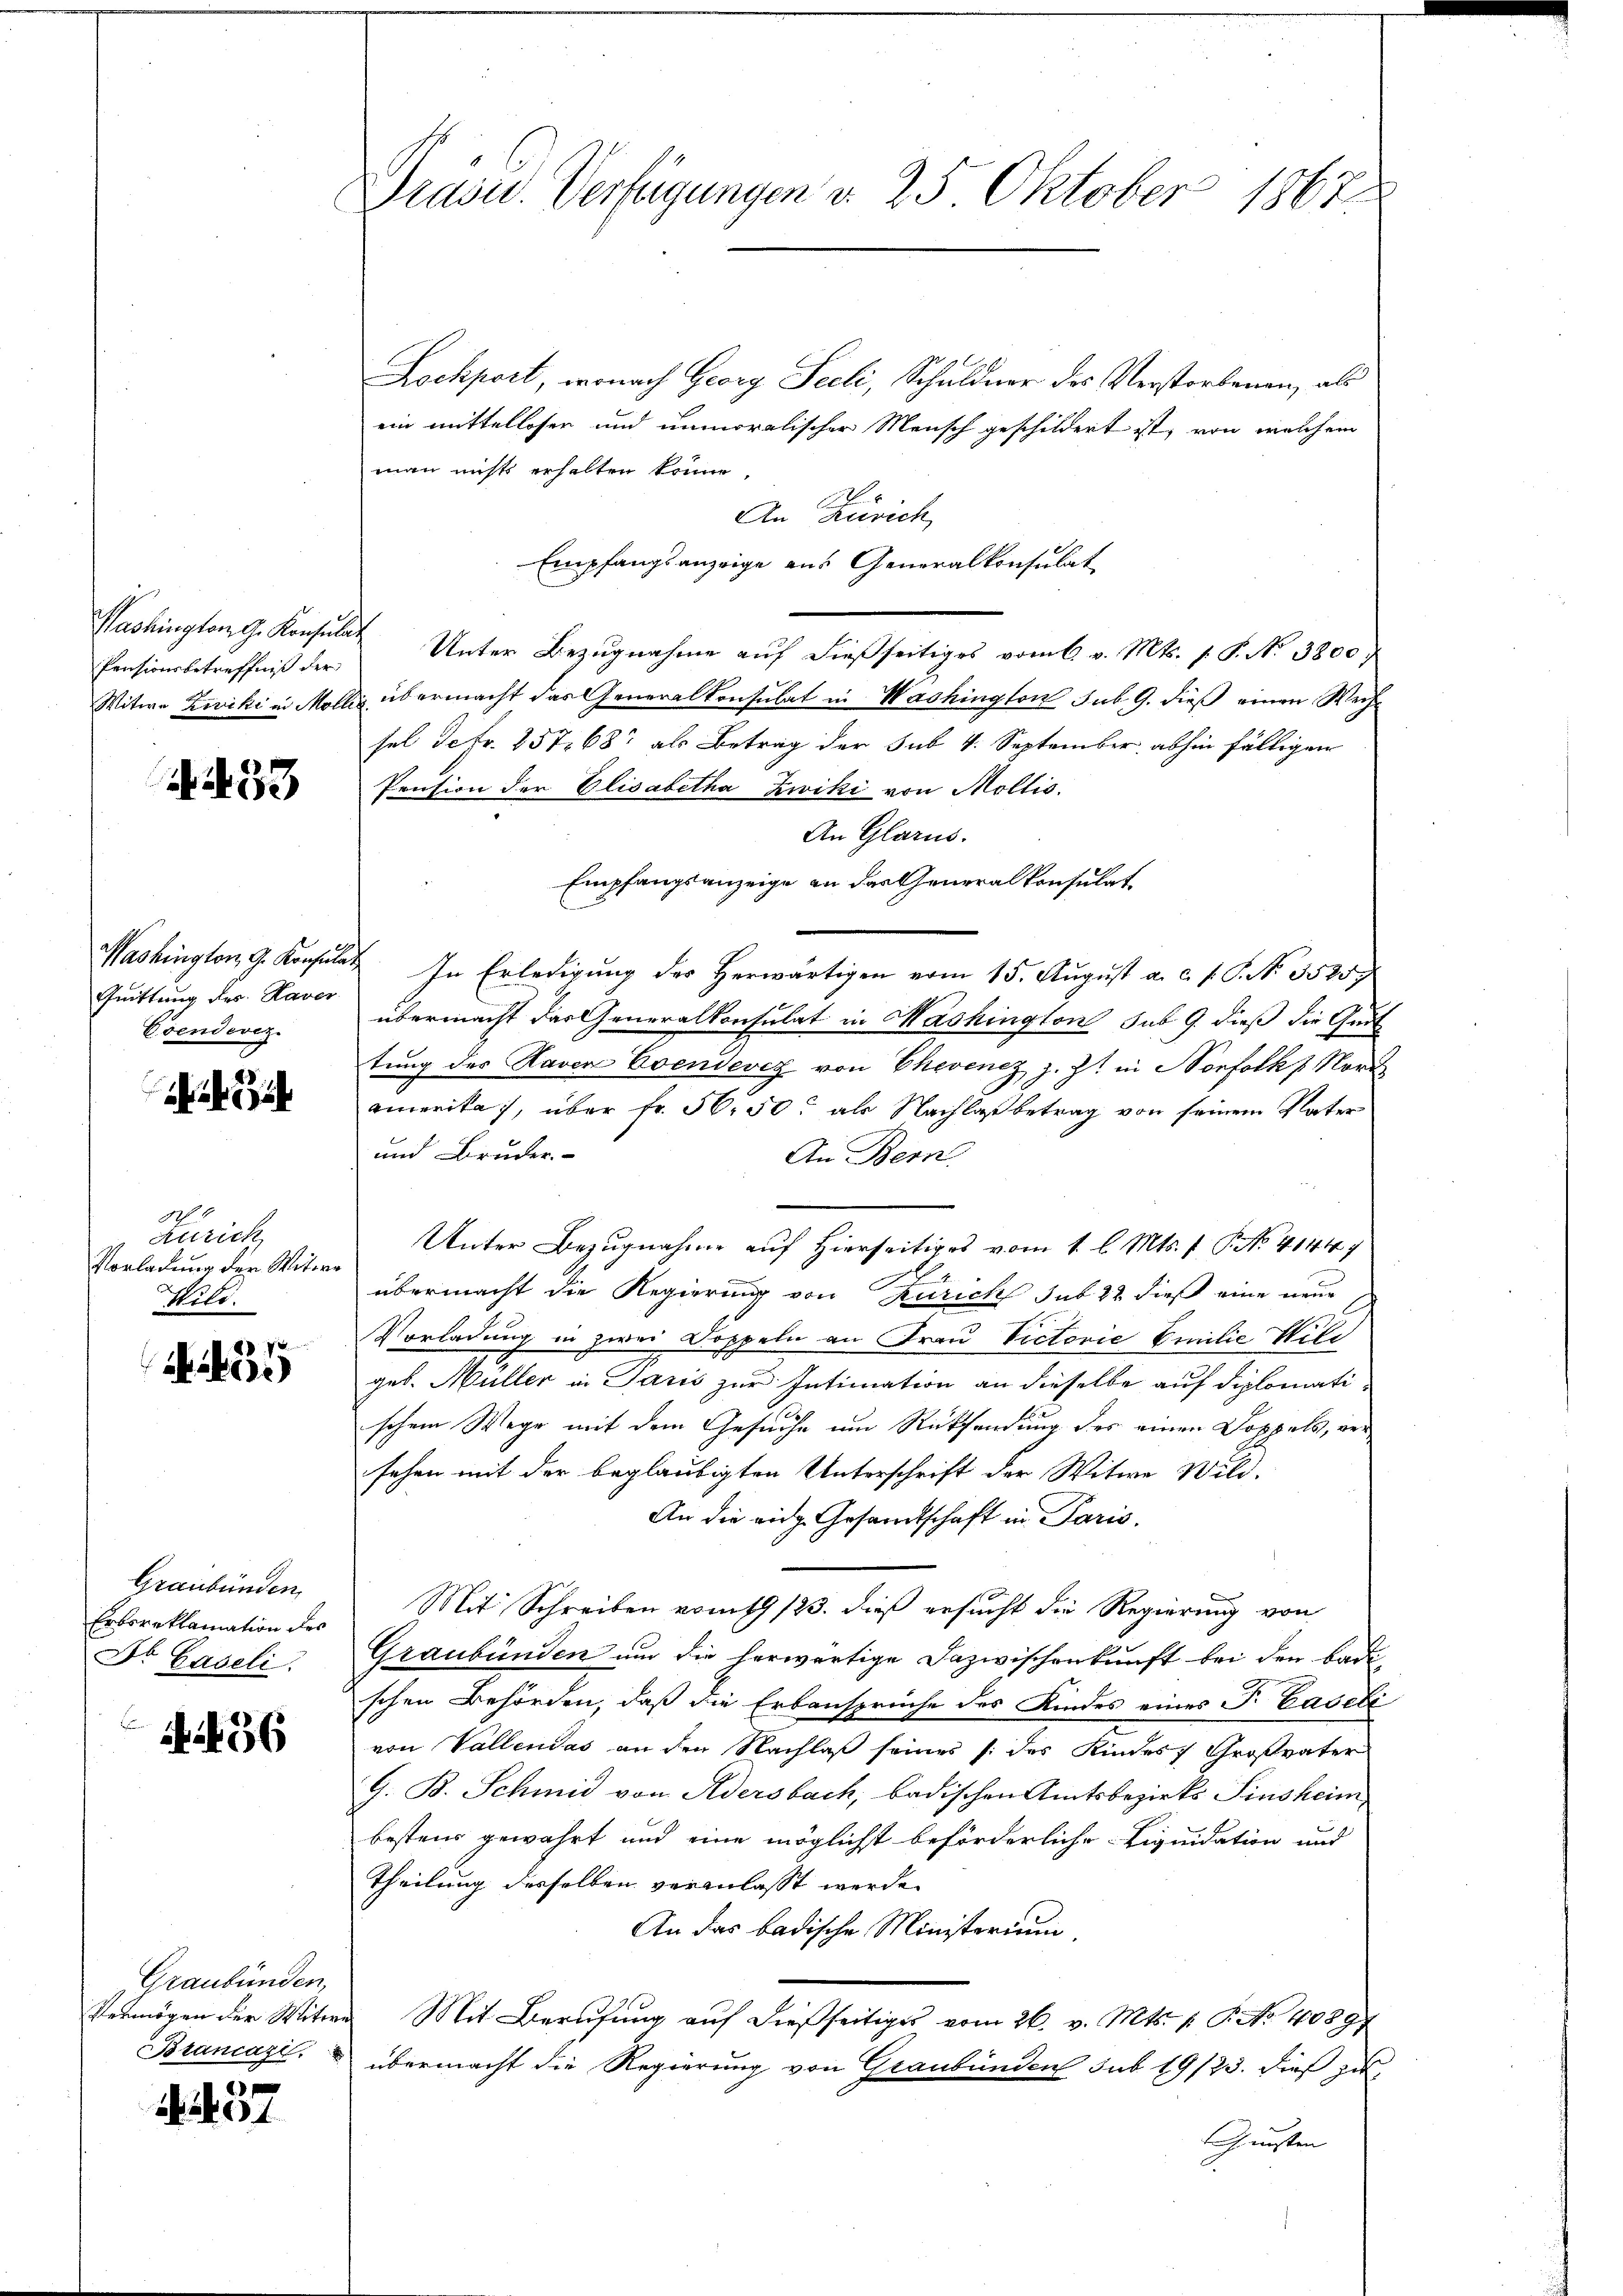
Pensionsbetreffniß der

433

Quittung des Haver
Esendevez

N. 1
Zürich
Vorladung der Witwe
Wild.

7
dbesi

Graubünden
Erbsreklamation des
Dr Baseli

N 56

Graubünden,
Vermögen der Weitere
Biancazi

1

Präsid. Verfügungen d. 25. Oktober 1867

Lockport, wonach Georg Seeli, Schuldner des Verstorbenen, als
ein mittelloser und unmoralischer Mensch geschildert ist, von welchem
man nichts erhalten könne.
An Zürich,
Empfangsanzeige aus Generalkonsulat
Washington G. Konsulat Unter Bezugnahme auf dießseitiges vom 6. v. Mts. f. P. No 3800.
Witwe Zwicki in Mollis übermacht das Generalkonsulat in Washington sub. 9. dieß einen Wechsel Ictr. 25768 als Betrag der sub 4. September abhin fälligen
Pension der Elisabetha Zwiki von Mollis.
An Glarus.
Empfangsanzeige an das Generalkonsulat
Washington G. Konsulat In Erledigung der herwärtigen vom 15. August a. c. s. S. N. 3535
übermacht das Generalkonsulat in Mashington sub 9. dieß die Gut
tung des Raven Evendeve von Ehevenez z. Zt. in Norfolk Nord
amerika, über fr. 56. 50. als Nachlaß betrag von seinem Vater
und Bruder-
An Bern.
Unter Bezugnahme auf Hierseitiges vom 1. l. Mts. f. P. No. 41447
übermacht die Regierung von Zürich sub 22 dieß eine neue
Vorladung in zwei Doppeln an Frau Victorie Emilie Wild
geb. Müller in Paris zur Intimation an dieselbe auf diplomatischem Wege mit dem Gesuche um Rücksendung des einen Doppels, ver
sehen mit der beglaubigten Unterschrift der Witwe Wild-
An die eidg. Gesandtschaft in Paris.
Mit Schreiben vom 19/23. dieß ersucht die Regierung von
Graubünden und die herwärtige Dazwischenkunft bei den Badi
schen Behörden, daß die Erbansprüche des Kindes eines P. Caseli
von Vallendas an den Nachlaß seines (des Kindes Großvater
G. B. Schmid von Adersbach, badischen Amtsbezirks Sinsheim
bestens gewährt und eine möglicht beförderliche Liquidation und
Theilung desselben veranlasst werde.
An das badische Ministerium,
Mit Berufung auf dießseitiges vom 26. v. Mts. f. P. Nr. 40897
übermacht die Regierung von Graubünden sub 19/23. dieß zu
Gunsten